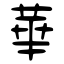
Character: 華